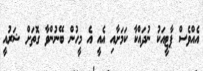
އެއްވެސް ޕާޓީއަކު ނުދައްކާ ކަމަށާއި އެއީ އެ މީހުން ބޭނުންވާ ގޮތަށް ޝަރުއީ